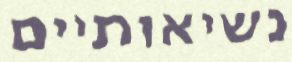
נשיאותיים